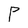
Character: P